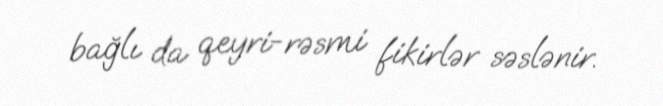
bağlı da qeyri-rəsmi fikirlər səslənir.